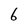
Character: 6